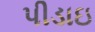
પીડાઇ